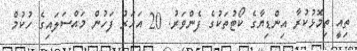
ތިއީ ތިމޮޅުކުރާ އިންޑިޔާގެ ކޯޓުތަކުގެ ފެންވަރު. 20 އަހަރު ފަހުން މައްސަލައިގެ ހުކުމް